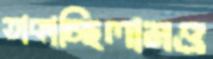
তাকাচ্ছিলামও